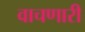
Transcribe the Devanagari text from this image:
वाचणारी